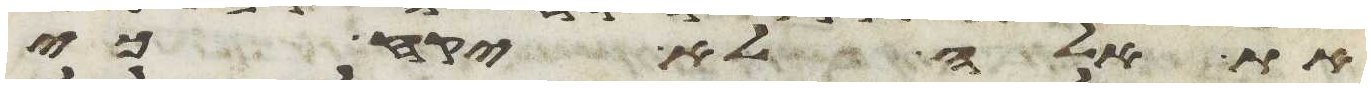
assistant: את אלה לא יקח כי